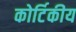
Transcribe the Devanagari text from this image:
कोर्टिकीय